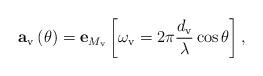
LaTeX: \begin{align*}\mathbf{a}_{\mathrm{v}}\left(\theta\right) = \mathbf{e}_{M_\mathrm{v}} \left[\omega_{\mathrm{v}} = 2\pi\frac{d_\mathrm{v}}{\lambda}\cos{\theta} \right],\end{align*}